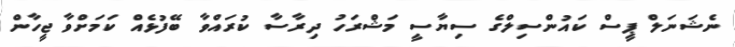
ނެޝަނަލް ޕީސް ކައުންސިލްގެ ސިޔާސީ މަޝްރަހު ދިރާސާ ކުރައްވާ ބޭފުޅެއް ކަމަށްވާ ޖީހާން